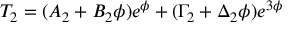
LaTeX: T _ { 2 } = ( A _ { 2 } + B _ { 2 } \phi ) e ^ { \phi } + ( \Gamma _ { 2 } + \Delta _ { 2 } \phi ) e ^ { 3 \phi }